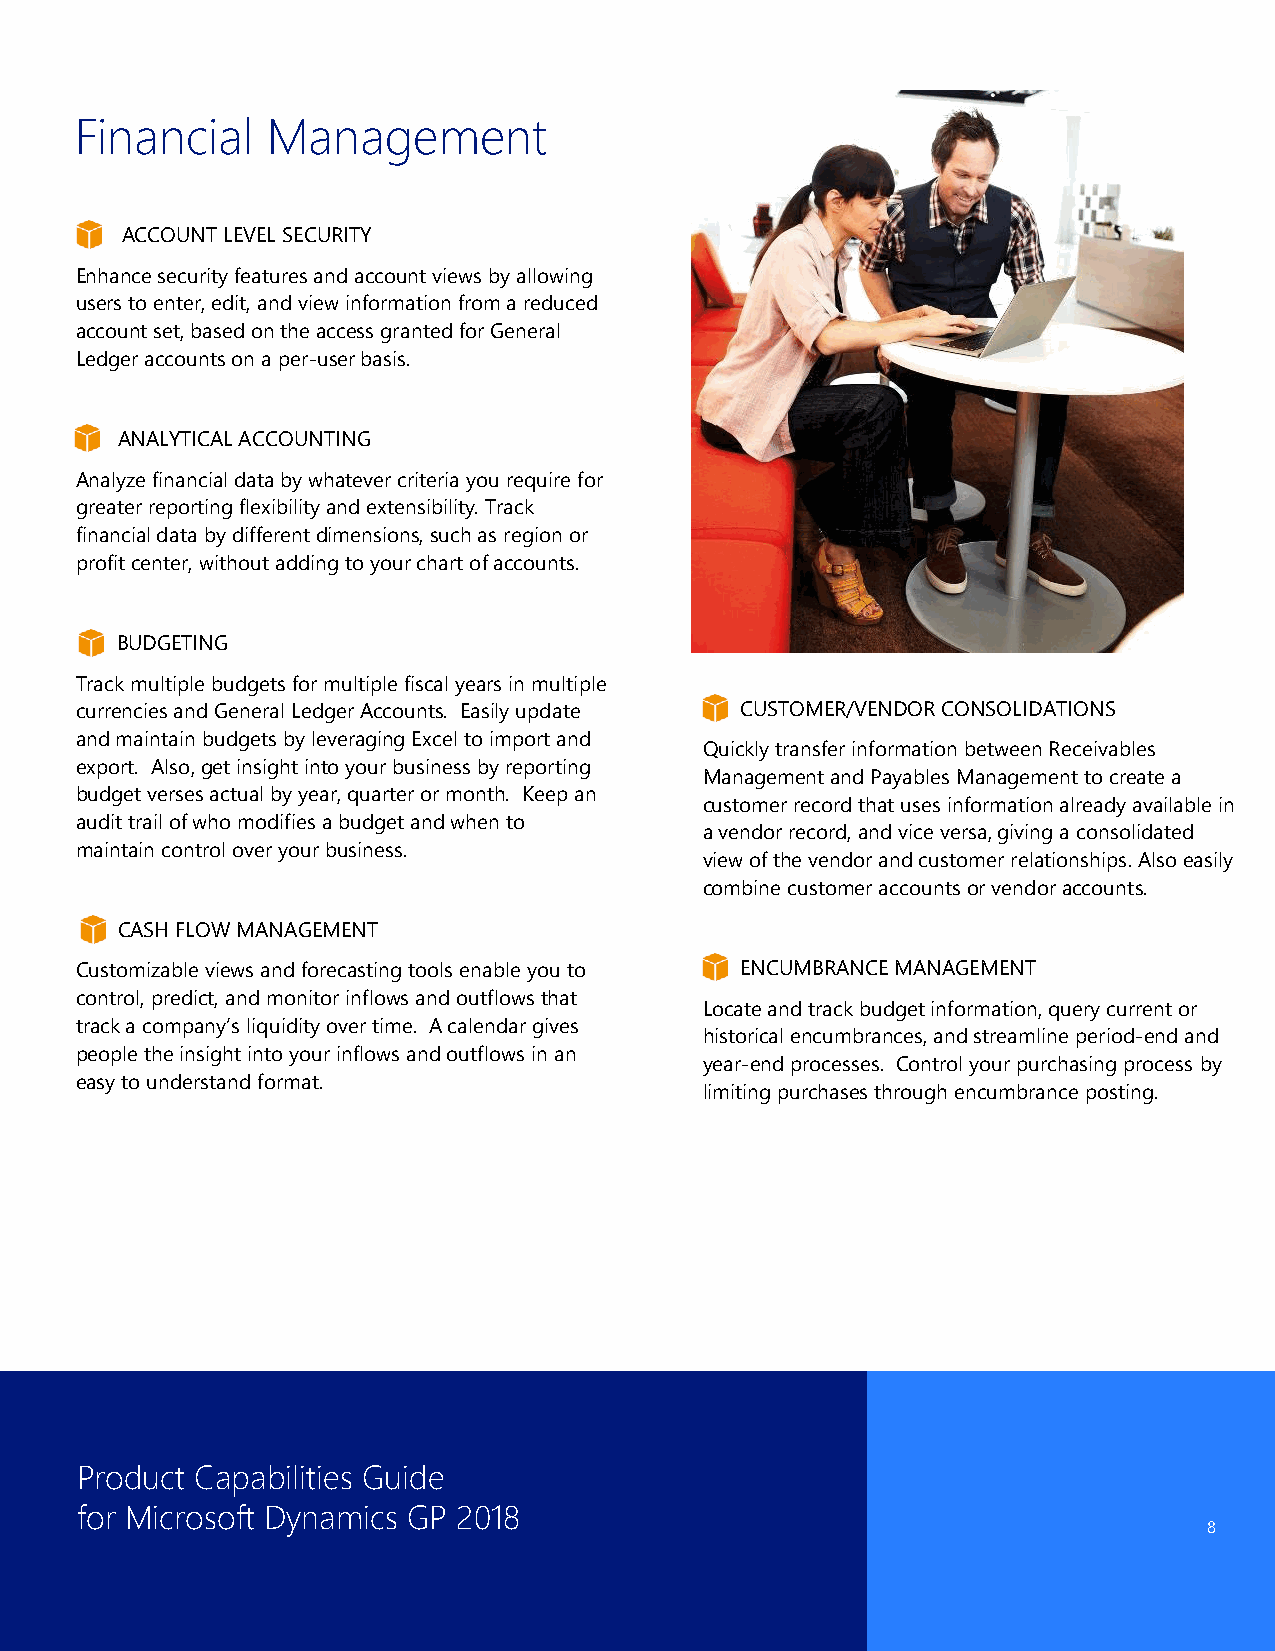
Financial    Management
 ACCOUNT LEVEL SECURITY
 Enhance security features and account views by allowing
 users to enter, edit, and view information from a reduced
 account set, based on the access granted for General
 Ledger accounts on a per-user basis.
 ANALYTICAL ACCOUNTING
 Analyze financial data by whatever criteria you require for
 greater reporting flexibility and extensibility. Track
 financial data by different dimensions, such as region or
 profit center, without adding to your chart of accounts.
 BUDGETING
 Track multiple budgets for multiple fiscal years in multiple
 currencies and General Ledger Accounts. Easily update CUSTOMER/VENDOR CONSOLIDATIONS
 and maintain budgets by leveraging Excel to import and
 Quickly transfer information between Receivables
 export. Also, get insight into your business by reporting
 Management and Payables Management to create a
 budget verses actual by year, quarter or month. Keep an
 customer record that uses information already available in
 audit trail of who modifies a budget and when to
 a vendor record, and vice versa, giving a consolidated
 maintain control over your business.
 view of the vendor and customer relationships. Also easily
 combine customer accounts or vendor accounts.
 CASH FLOW MANAGEMENT
 Customizable views and forecasting tools enable you to ENCUMBRANCE MANAGEMENT
 control, predict, and monitor inflows and outflows that
 Locate and track budget information, query current or
 track a company’s liquidity over time. A calendar gives
 historical encumbrances, and streamline period-end and
 people the insight into your inflows and outflows in an
 year-end processes. Control your purchasing process by
 easy to understand format.
 limiting purchases through encumbrance posting.
 Product Capabilities Guide
 for Microsoft Dynamics GP 2018
 8